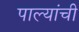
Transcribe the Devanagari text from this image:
पाल्यांची